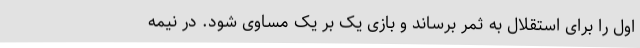
اول را برای استقلال به ثمر برساند و بازی یک بر یک مساوی شود. در نیمه